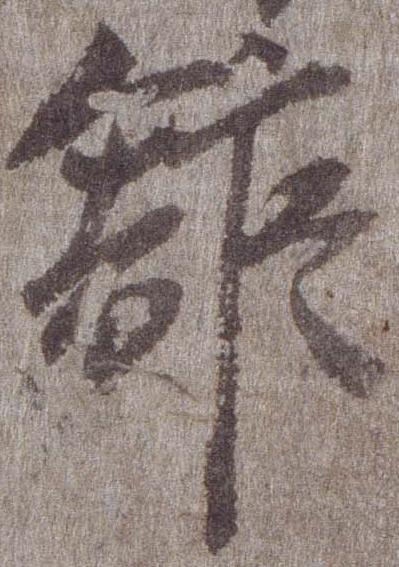
館